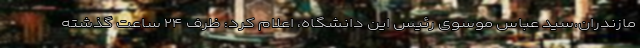
مازندران،سید عباس موسوی رئیس این دانشگاه، اعلام کرد: ظرف ۲۴ ساعت گذشته